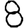
Digit: 8